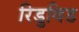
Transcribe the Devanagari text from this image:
रिडुविड